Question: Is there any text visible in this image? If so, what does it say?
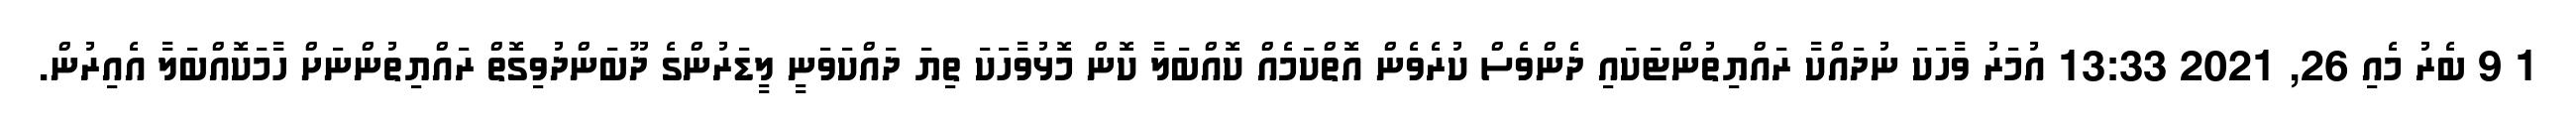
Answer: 1 9 ބެރު މެއި 26, 2021 13:33 އުމަރު ވާހަކަ ނުދައްކާ ރައްޔިތުންޓަކައި ދެންވެސް ކުރެވެން އޮތްކަމެއް ކޮއްބަލާ ކޮން މޮޅުވާހަކަ ތިޔަ ދައްކަވަނީ ލީޑަރުންގެ ދޫބަންދުވިގޮތް ރައްޔިތުންނަށް ހާމަކޮއްބަލާ އެއިރުން.